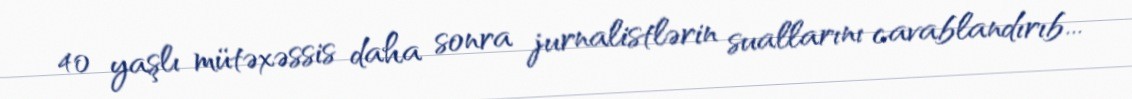
40 yaşlı mütəxəssis daha sonra jurnalistlərin suallarını cavablandırıb...